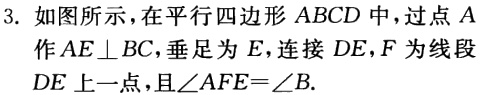
3. 如图所示，在平行四边形 \(ABCD\) 中，过点 \(A\) 作 \(AE\perp BC\)，垂足为 \(E\)，连接 \(DE\)，\(F\) 为线段 \(DE\) 上一点，且\(\angle AFE = \angle B\).